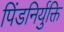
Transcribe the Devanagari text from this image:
पिंडनिर्युक्ति